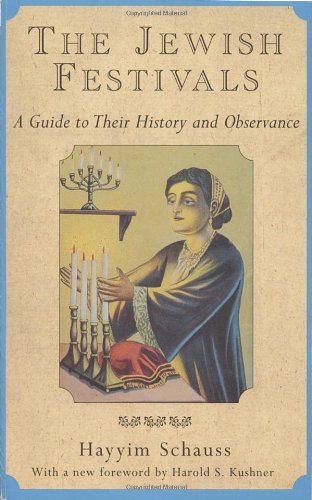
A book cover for The Jewish Festivals: A Guide to Their History and Observance; Hayyim Schauss; Religion & Spirituality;